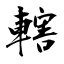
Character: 轄